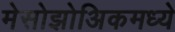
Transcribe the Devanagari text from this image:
मेसोझोअिकमध्ये